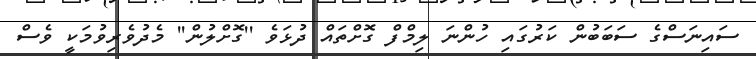
ސައިނަސްގެ ސަބަބުން ކަރުގައި ހުންނަ ލިމްފް ގޮށްތައް ދުޅަވެ ''ގޮށްލުން'' މެދުވެރިވުމަކީ ވެސް